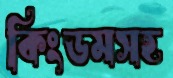
কিংডমসহ